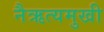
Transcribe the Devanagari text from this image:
नैऋत्यमुखी